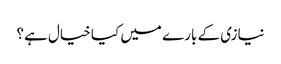
نیازی کے بارے میں کیا خیال ہے؟